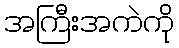
အကြီးအကဲကို